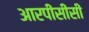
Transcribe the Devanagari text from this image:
आरपीसीसी